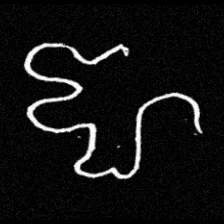
Pyu character \u2014 Myanmar letter: ဈ (romanized: jha)